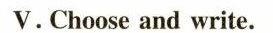
V.Chooseand write.